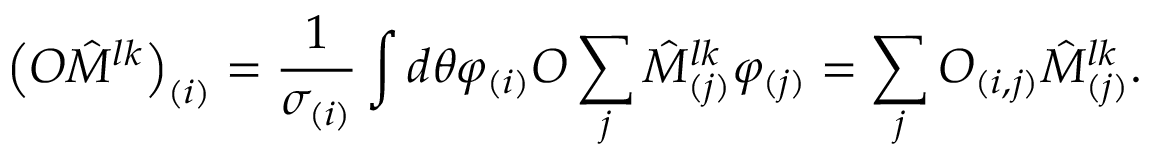
\left( O \hat { M } ^ { l k } \right) _ { ( i ) } = \frac { 1 } { \sigma _ { ( i ) } } \int d \theta \varphi _ { ( i ) } O \sum _ { j } \hat { M } _ { ( j ) } ^ { l k } \varphi _ { ( j ) } = \sum _ { j } O _ { ( i , j ) } \hat { M } _ { ( j ) } ^ { l k } .